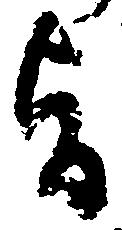
旨